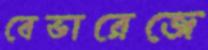
বেভারেজে